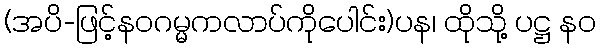
(အပိ-ဖြင့်နဝဂမ္မကလာပ်ကိုပေါင်း)ပန၊ ထိုသို့ ပဋ္ဌ နဝ